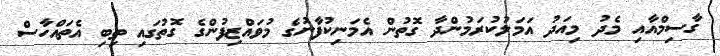
ގާސިމްއާއި މެދު މިއަދު އަމަލުކުރަމުންދާ ގޮތުން އެމަނިކުފާނުގެ މުވައްޒިފުންގެ ގޮތުގައި ތިބި އެތައްހާސް